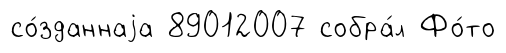
со́зданнаjа 89012007 собра́л Фо́то